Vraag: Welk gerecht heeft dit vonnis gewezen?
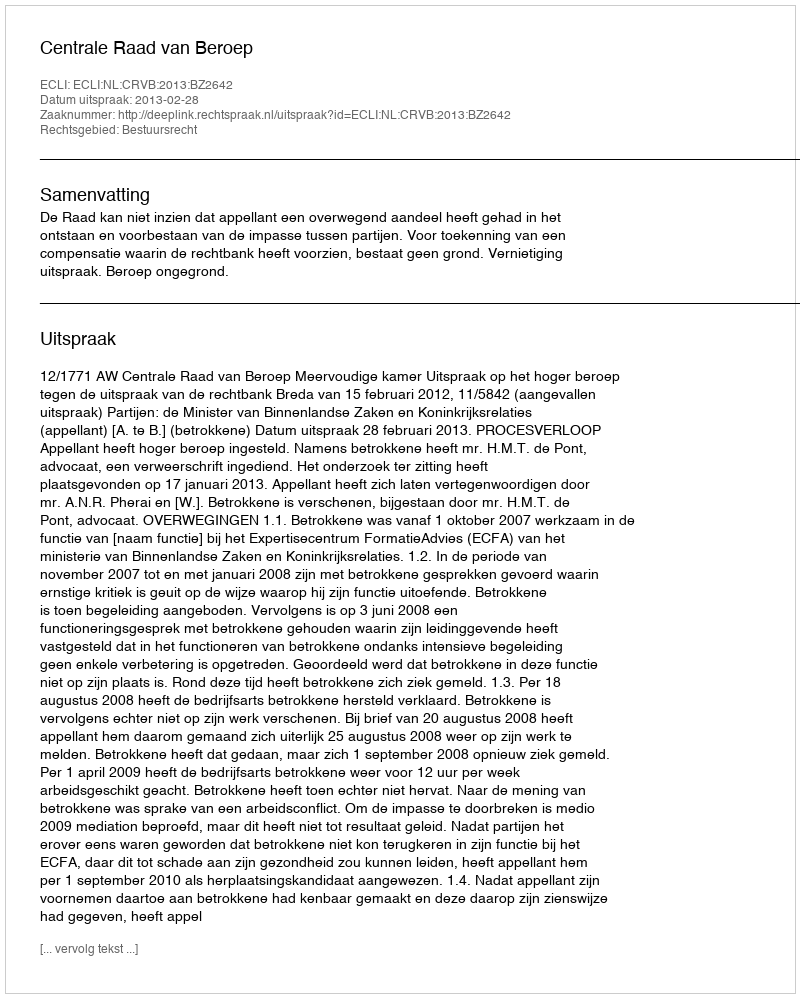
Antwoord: Centrale Raad van Beroep